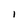
Character: l